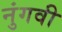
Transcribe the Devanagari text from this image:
नुंगवी